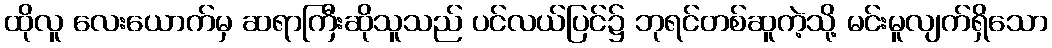
ထိုလူ လေးယောက်မှ ဆရာကြီးဆိုသူသည် ပင်လယ်ပြင်၌ ဘုရင်တစ်ဆူကဲ့သို့ မင်းမူလျက်ရှိသော